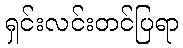
ရှင်းလင်းတင်ပြရာ